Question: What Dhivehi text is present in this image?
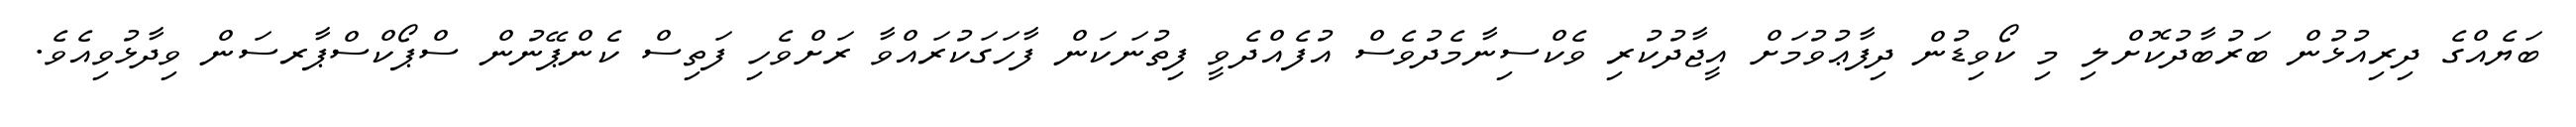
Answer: ބަޔެއްގެ ދިރިއުޅުން ބަރުބާދުކޮށްލި މި ކޯވިޑުން ދިފާޢުވުމަށް އީޖާދުކުރި ވެކްސިނާމެދުވެސް އުފެއްދެވީ ފިތުނަކަން ފާހަގަކުރައްވާ ރަށްވެހި ފަތިސް ކެންޕޭނުން ސްޕޯކްސްޕާރސަން ވިދާޅުވިއެވެ.